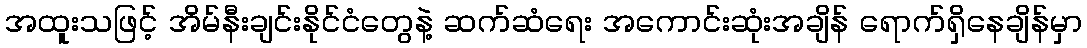
အထူးသဖြင့် အိမ်နီးချင်းနိုင်ငံတွေနဲ့ ဆက်ဆံရေး အကောင်းဆုံးအချိန် ရောက်ရှိနေချိန်မှာ